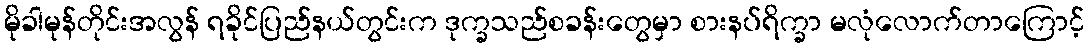
မိုခါမုန်တိုင်းအလွန် ရခိုင်ပြည်နယ်တွင်းက ဒုက္ခသည်စခန်းတွေမှာ စားနပ်ရိက္ခာ မလုံလောက်တာကြောင့်